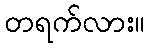
တရက်လား။